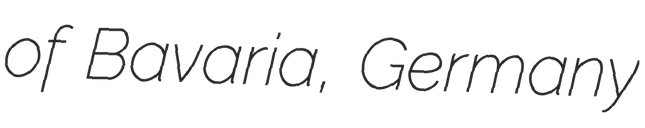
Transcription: of Bavaria, Germany